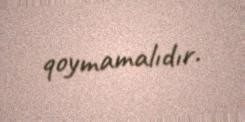
qoymamalıdır.